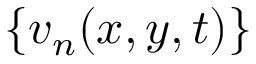
\{ v _ { n } ( x , y , t ) \}